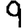
Digit: 9